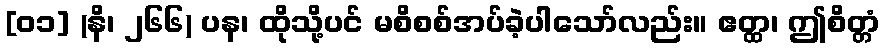
[၀၁] (နိ၊ ၂၆၆) ပန၊ ထိုသို့ပင် မစိစစ်အပ်ခဲ့ပါသော်လည်း။ ဧတ္ထ၊ ဤစိတ္တံ